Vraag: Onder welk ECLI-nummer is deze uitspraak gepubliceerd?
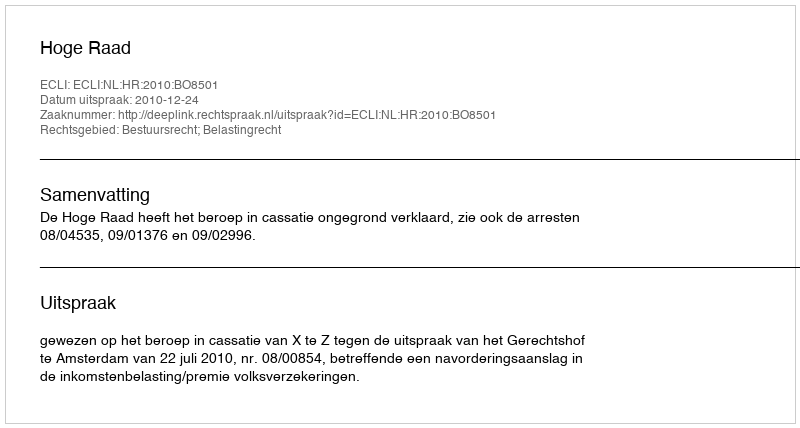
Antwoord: ECLI:NL:HR:2010:BO8501